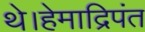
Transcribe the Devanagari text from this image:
थे।हेमाद्रिपंत